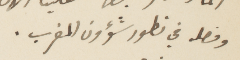
وفصله في تطور شؤون المغرب.